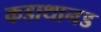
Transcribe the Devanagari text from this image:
कडाथानड